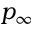
p _ { \infty }